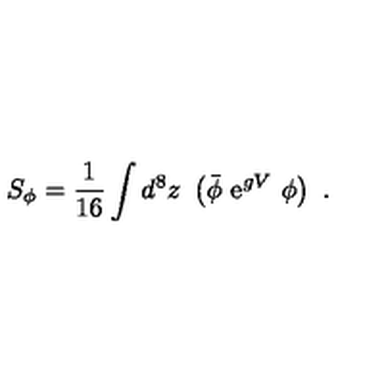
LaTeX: S _ { \phi } = \frac { 1 } { 1 6 } \int d ^ { 8 } z \ \left( { \bar { \phi } } \ { \mathrm e } ^ { g V } \ \phi \right) \ .